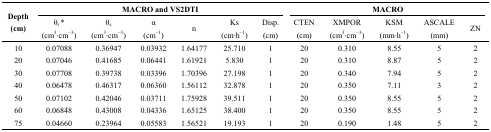
<table><thead><tr><td rowspan="3"><b>Depth (cm)</b></td><td colspan="6"><b>MACRO and VS2DTI</b></td><td colspan="5"><b>MACRO</b></td></tr><tr><td><b>θr * (cm<sup>3</sup>·cm<sup>−3</sup>)</b></td><td><b>θs (cm<sup>3</sup>·cm<sup>−3</sup>)</b></td><td><b>α (cm<sup>−1</sup>)</b></td><td><b>n</b></td><td><b>Ks (cm·h&amp;<sup>minus;1</sup>)</b></td><td><b>Disp. (cm)</b></td><td><b>CTEN (cm)</b></td><td><b>XMPOR (cm<sup>3</sup>·cm<sup>−3</sup>)</b></td><td><b>KSM (mm·h<sup>−1</sup>)</b></td><td><b>ASCALE (mm)</b></td><td><b>ZN</b></td></tr></thead><tbody><tr><td>10</td><td>0.07088</td><td>0.36947</td><td>0.03932</td><td>1.64177</td><td>25.710</td><td>1</td><td>20</td><td>0.310</td><td>8.55</td><td>5</td><td>2</td></tr><tr><td>20</td><td>0.07046</td><td>0.41685</td><td>0.06441</td><td>1.61921</td><td>5.830</td><td>1</td><td>20</td><td>0.310</td><td>8.87</td><td>5</td><td>2</td></tr><tr><td>30</td><td>0.07708</td><td>0.39738</td><td>0.03396</td><td>1.70396</td><td>27.198</td><td>1</td><td>20</td><td>0.340</td><td>7.94</td><td>5</td><td>2</td></tr><tr><td>40</td><td>0.06478</td><td>0.46317</td><td>0.06360</td><td>1.56112</td><td>32.878</td><td>1</td><td>20</td><td>0.350</td><td>7.11</td><td>3</td><td>2</td></tr><tr><td>50</td><td>0.07102</td><td>0.42046</td><td>0.03711</td><td>1.75928</td><td>39.511</td><td>1</td><td>20</td><td>0.350</td><td>8.55</td><td>5</td><td>2</td></tr><tr><td>60</td><td>0.06848</td><td>0.43008</td><td>0.04336</td><td>1.65125</td><td>38.400</td><td>1</td><td>20</td><td>0.350</td><td>8.55</td><td>5</td><td>2</td></tr><tr><td>75</td><td>0.04660</td><td>0.23964</td><td>0.05583</td><td>1.56521</td><td>19.193</td><td>1</td><td>20</td><td>0.190</td><td>1.48</td><td>5</td><td>2</td></tr></tbody></table>